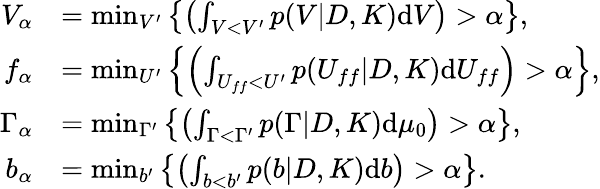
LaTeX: \begin{array}{rl}{V_{\alpha}}&{=\operatorname*{min}_{V^{\prime}}\left\{ \left(\int_{V<V^{\prime}}p(V|D,K)\textup{d}V\right)>\alpha\right\} ,}\\ {f_{\alpha}}&{=\operatorname*{min}_{U^{\prime}}\left\{ \left(\int_{U_{ff}<U^{\prime}}p(U_{ff}|D,K)\textup{d}U_{ff}\right)>\alpha\right\} ,}\\ {\Gamma_{\alpha}}&{=\operatorname*{min}_{\Gamma^{\prime}}\left\{ \left(\int_{\Gamma<\Gamma^{\prime}}p(\Gamma|D,K)\textup{d}\mu_{0}\right)>\alpha\right\} ,}\\ {b_{\alpha}}&{=\operatorname*{min}_{b^{\prime}}\left\{ \left(\int_{b<b^{\prime}}p(b|D,K)\textup{d}b\right)>\alpha\right\} .}\end{array}